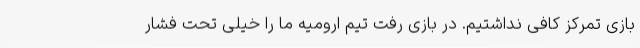
بازی تمرکز کافی نداشتیم. در بازی رفت تیم ارومیه ما را خیلی تحت فشار